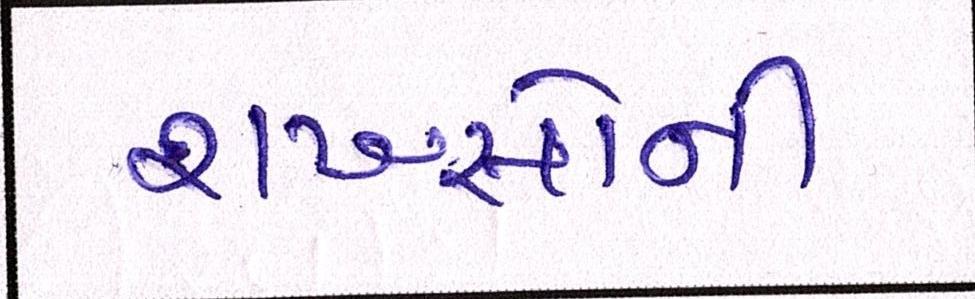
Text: શખ્સોની